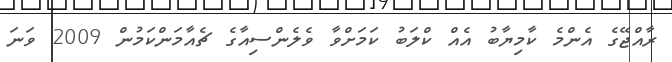
ރާއްޖޭގެ އެންމެ ކާމިޔާބު އެއް ކްލަބު ކަމަށްވާ ވެލެންސިއާގެ ޗެއާމަންކަމުން 2009 ވަނަ